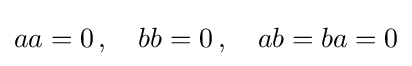
\textstyle aa=0\,,\quad bb=0\,,\quad ab=ba=0